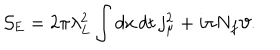
{ \cal S } _ { \mathrm { E } } = 2 \pi \lambda _ { L } ^ { 2 } \int d x \, d t \, j _ { \mu } ^ { 2 } + i \pi N _ { f } { \vartheta } .